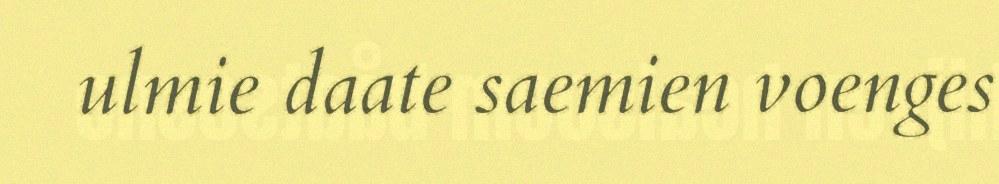
ulmie daate saemien voenges